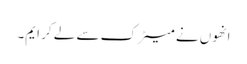
انھوں نے میٹرک سے لے کر ایم۔